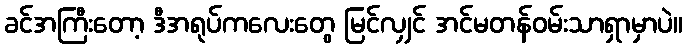
ခင်အကြီးတော့ ဒီအရုပ်ကလေးတွေ မြင်လျှင် အင်မတန်ဝမ်းသာရှာမှာပဲ။